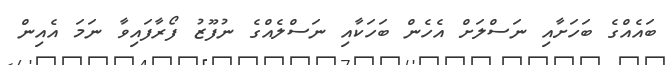
ބައެއްގެ ބަހަށާއި ނަސްލަށް އެހެން ބަހަކާއި ނަސްލެއްގެ ނުފޫޒު ފޯރާފައިވާ ނަމަ އެއިން